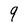
Character: 9